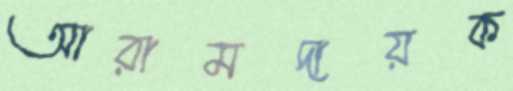
আরামদায়ক